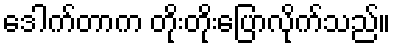
ဒေါက်တာက တိုးတိုးပြောလိုက်သည်။